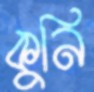
কুনি